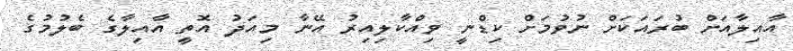
އާއިލާއަށް ބުރައަކަށް ނުވުމަށް ކިޑްނީ ވިއްކާލިއިރު އޭނާ މިއަދު އޮތީ އާއިލާގެ ބެލުމުގެ